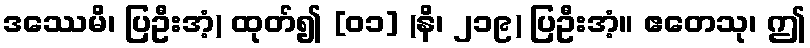
ဒဿေမိ၊ ပြဦးအံ့) ထုတ်၍ [၀၁] (နိ၊ ၂၁၉) ပြဦးအံ့။ ဧတေသု၊ ဤ